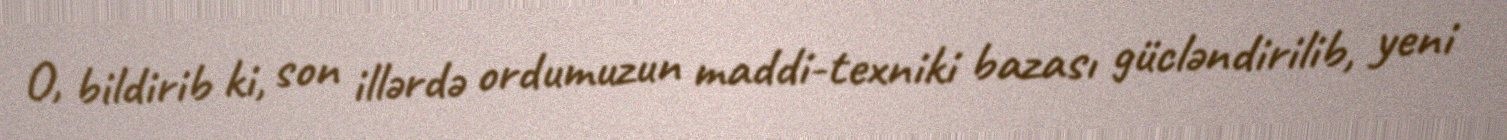
O, bildirib ki, son illərdə ordumuzun maddi-texniki bazası gücləndirilib, yeni